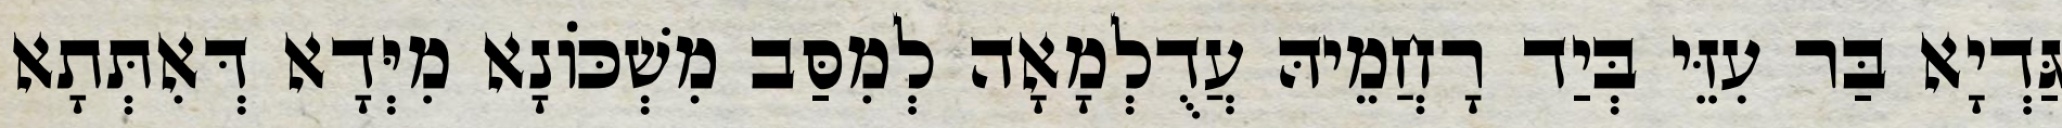
גַּדְיָא בַּר עִזֵּי בְּיַד רָחֲמֵיהּ עֲדֻלְמָאָה לְמִסַּב מִשְׁכּוֹנָא מִיְּדָא דְּאִתְּתָא